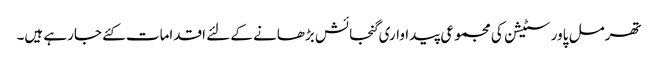
تھرمل پاور سٹیشن کی مجموعی پیداواری گنجائش بڑھانے کے لئے اقدامات کئے جارہے ہیں۔